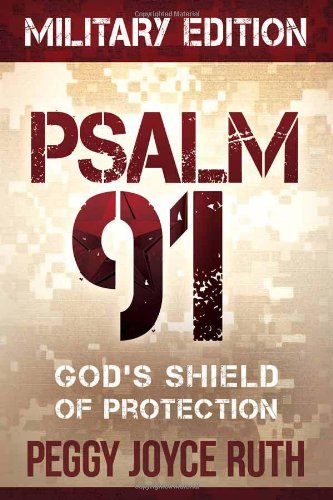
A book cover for Psalm 91 Military Edition: God's Shield of Protection; Peggy Joyce Ruth; Christian Books & Bibles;